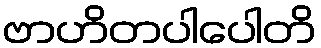
ဗာဟိတပါပေါတိ